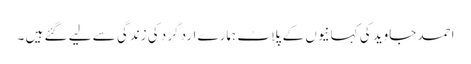
احمد جاوید کی کہانیوں کے پلاٹ ہمارے ارد گرد کی زندگی سے لیے گئے ہیں ۔